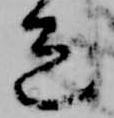
色